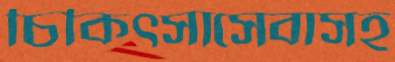
চিকিত্সাসেবাসহ